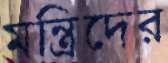
মন্ত্রিদের